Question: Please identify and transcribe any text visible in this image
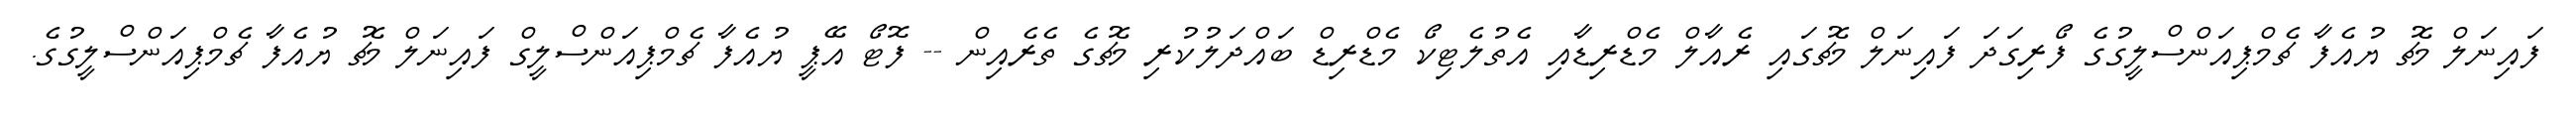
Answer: ފައިނަލް މެޗު ޔުއެފާ ޗެމްޕިއަންސްލީގުގެ ފޯރިގަދަ ފައިނަލް މެޗުގައި ރެއާލް މެޑްރިޑާއި އެތުލެޓިކޯ މެޑްރިޑް ބައްދަލުކުރި މެޗުގެ ތެރެއިން -- ފޮޓޯ އޭޕީ ޔުއެފާ ޗެމްޕިއަންސްލީގް ފައިނަލް މެޗު ޔުއެފާ ޗެމްޕިއަންސްލީގުގެ.